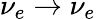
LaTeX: \nu_{e}\to\nu_{e}